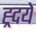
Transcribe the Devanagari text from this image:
ह्र्दये